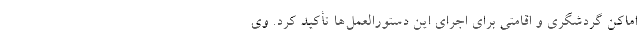
اماکن گردشگری و اقامتی برای اجرای این دستورالعمل‌ها تأکید کرد. وی